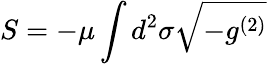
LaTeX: S=-\mu\int d^{2}\sigma\sqrt{-g^{(2)}}